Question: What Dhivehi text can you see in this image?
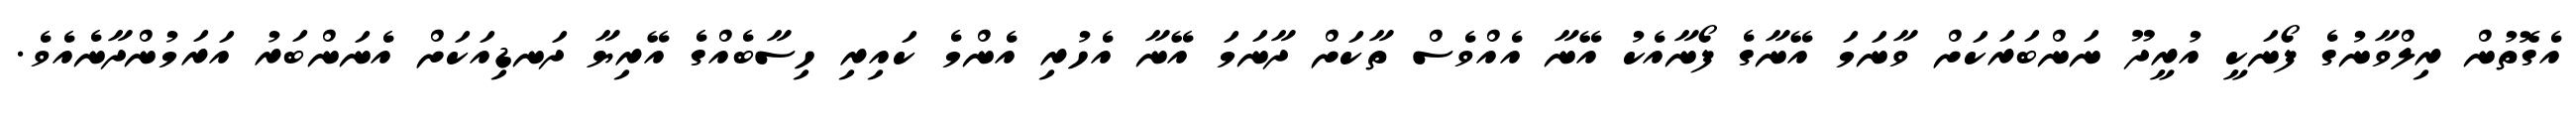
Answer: އެގޮތުން ރިލްވާނުގެ ފޯނަކީ އުރީދޫ ނަންބަރަކަށް ވާނަމަ އޭނާގެ ފޯނާއެކު އޭނާ އެއްވެސް ތާކަށް ދާނަމަ އޭނާ އެހުރި އެންމެ ކައިރި ހިސާބެއްގެ އޭރިޔާ ދަނޑިއަކަށް އެނަންބަރު އަރަމުންދާނެއެވެ.